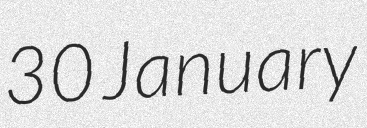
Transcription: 30 January